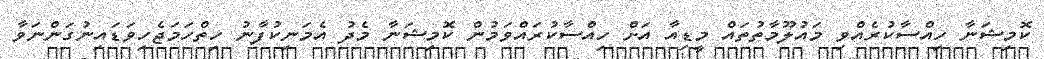
ކޮމިޝަނާ ހިއްސާކުރެއްވި މައުލޫމާތުތައް މީޑިއާ އަށް ހިއްސާކުރައްވަމުން ކޮމިޝަނާ މެދު އެމަނިކުފާނު ހިތްހަމަޖެހިވަޑައިނުގަންނަވާ